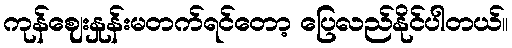
ကုန်ဈေးနှုန်းမတက်ရင်တော့ ပြေလည်နိုင်ပါတယ်။